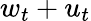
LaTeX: w_{t}+u_{t}